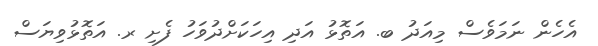
އެހެން ނަމަވެސް މިއަދު ބ. އަތޮޅު އަދި އިހަކަށްދުވަހު ފެށި ރ. އަތޮޅުވިޔަސް